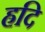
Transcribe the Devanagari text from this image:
ह्रदि